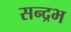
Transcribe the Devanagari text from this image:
सन्द्रभ